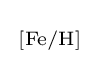
{\begin{smallmatrix}\left[{\mathrm {Fe} }/{\mathrm {H} }\right]\end{smallmatrix}}